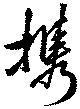
携